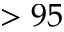
> 9 5